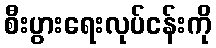
စီးပွားရေးလုပ်ငန်းကို